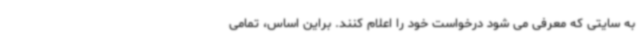
به سایتی که معرفی می شود درخواست خود را اعلام کنند. براین اساس، تمامی